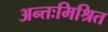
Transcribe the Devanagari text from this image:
अन्तःमिश्रित